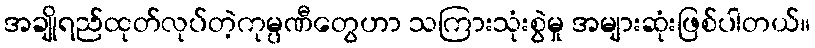
အချိုရည်ထုတ်လုပ်တဲ့ကုမ္ပဏီတွေဟာ သကြားသုံးစွဲမှု အများဆုံးဖြစ်ပါတယ်။